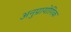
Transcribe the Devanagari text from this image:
अनुप्रायोगिक